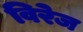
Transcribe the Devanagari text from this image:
विरेज